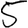
Digit: 5